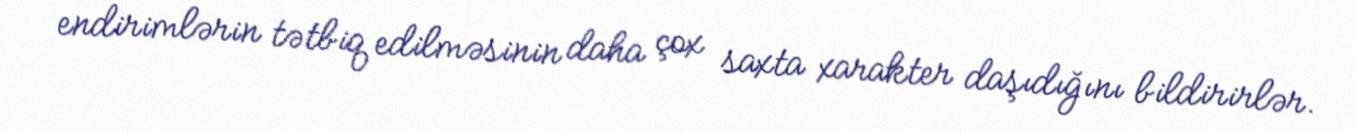
endirimlərin tətbiq edilməsinin daha çox saxta xarakter daşıdığını bildirirlər.